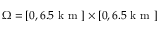
\Omega = [ 0 , 6 . 5 \mathrm { ~ k ~ m ~ } ] \times [ 0 , 6 . 5 \mathrm { ~ k ~ m ~ } ]